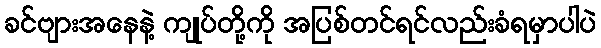
ခင်ဗျားအနေနဲ့ ကျုပ်တို့ကို အပြစ်တင်ရင်လည်းခံရမှာပါပဲ